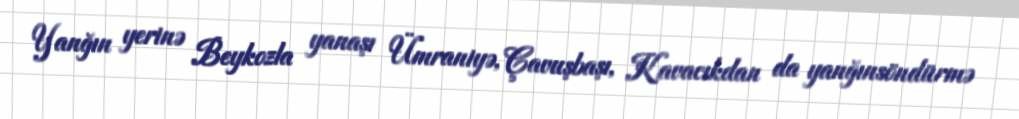
Yanğın yerinə Beykozla yanaşı Ümraniyə, Çavuşbaşı, Kavacıkdan da yanğınsöndürmə